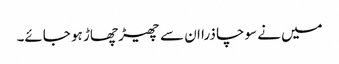
میں نے سوچا ذرا ان سے چھیڑ چھاڑ ہو جائے۔